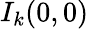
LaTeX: I_{k}(0,0)